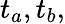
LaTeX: t_{a},t_{b},